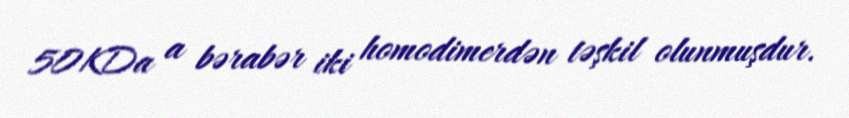
50KDa a bərabər iki homodimerdən təşkil olunmuşdur.